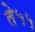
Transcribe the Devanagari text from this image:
ते५५